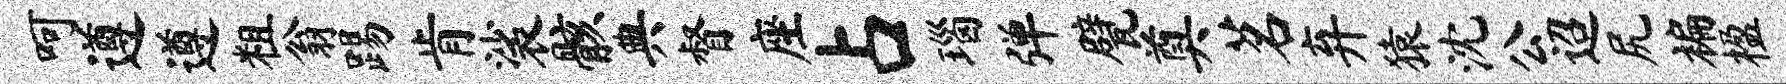
呵遵遵粗翁踢肯裟骸典督座占瑙弹甓奠茗弃猿沈公迢尻褊楹